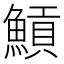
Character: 𩹸